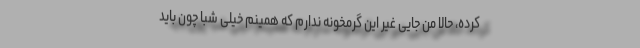
کرده، حالا من جایی غیر این گرمخونه ندارم که همینم خیلی شبا چون باید